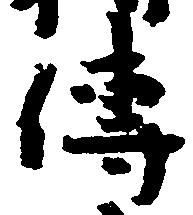
伝